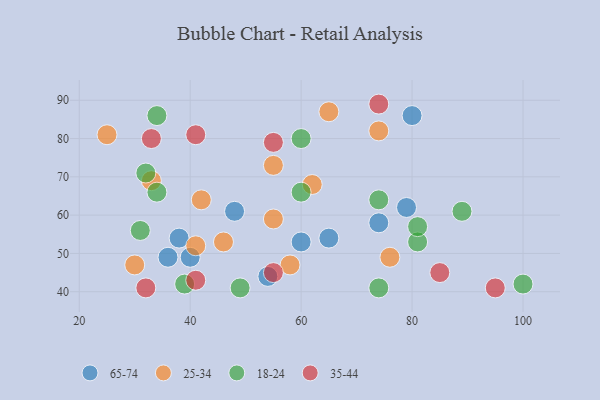
{"axis": {"x": "GDP", "y": "Life Expectancy"}, "legend": ["18-24", "25-34", "35-44", "65-74"], "data": [{"x": "36", "y": 49, "type": "65-74"}, {"x": "60", "y": 53, "type": "65-74"}, {"x": "38", "y": 54, "type": "65-74"}, {"x": "65", "y": 54, "type": "65-74"}, {"x": "54", "y": 44, "type": "65-74"}, {"x": "40", "y": 49, "type": "65-74"}, {"x": "79", "y": 62, "type": "65-74"}, {"x": "48", "y": 61, "type": "65-74"}, {"x": "80", "y": 86, "type": "65-74"}, {"x": "74", "y": 58, "type": "65-74"}, {"x": "30", "y": 47, "type": "25-34"}, {"x": "55", "y": 59, "type": "25-34"}, {"x": "58", "y": 47, "type": "25-34"}, {"x": "41", "y": 52, "type": "25-34"}, {"x": "65", "y": 87, "type": "25-34"}, {"x": "33", "y": 69, "type": "25-34"}, {"x": "46", "y": 53, "type": "25-34"}, {"x": "62", "y": 68, "type": "25-34"}, {"x": "42", "y": 64, "type": "25-34"}, {"x": "74", "y": 82, "type": "25-34"}, {"x": "76", "y": 49, "type": "25-34"}, {"x": "55", "y": 73, "type": "25-34"}, {"x": "25", "y": 81, "type": "25-34"}, {"x": "74", "y": 64, "type": "18-24"}, {"x": "39", "y": 42, "type": "18-24"}, {"x": "100", "y": 42, "type": "18-24"}, {"x": "60", "y": 80, "type": "18-24"}, {"x": "60", "y": 66, "type": "18-24"}, {"x": "32", "y": 71, "type": "18-24"}, {"x": "81", "y": 53, "type": "18-24"}, {"x": "34", "y": 66, "type": "18-24"}, {"x": "31", "y": 56, "type": "18-24"}, {"x": "34", "y": 86, "type": "18-24"}, {"x": "89", "y": 61, "type": "18-24"}, {"x": "81", "y": 57, "type": "18-24"}, {"x": "49", "y": 41, "type": "18-24"}, {"x": "74", "y": 41, "type": "18-24"}, {"x": "32", "y": 41, "type": "35-44"}, {"x": "74", "y": 89, "type": "35-44"}, {"x": "41", "y": 81, "type": "35-44"}, {"x": "55", "y": 79, "type": "35-44"}, {"x": "95", "y": 41, "type": "35-44"}, {"x": "41", "y": 43, "type": "35-44"}, {"x": "33", "y": 80, "type": "35-44"}, {"x": "55", "y": 45, "type": "35-44"}, {"x": "85", "y": 45, "type": "35-44"}]}